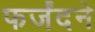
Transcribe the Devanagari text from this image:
फर्जंदने